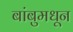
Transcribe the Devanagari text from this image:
बांबुमधून